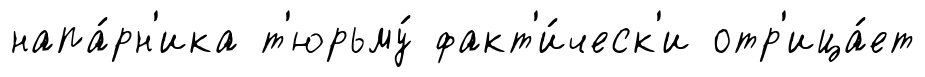
напа́рн'ика т'юрьму́ факт'и́ческ'и отр'ица́ет